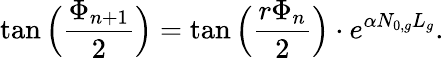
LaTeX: \tan\Big(\frac{\Phi_{n+1}}{2}\Big)=\tan\Big(\frac{r\Phi_{n}}{2}\Big)\cdot e^{\alpha N_{0,g}L_{g}}.